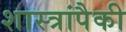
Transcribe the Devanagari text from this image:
शास्त्रांपैकी